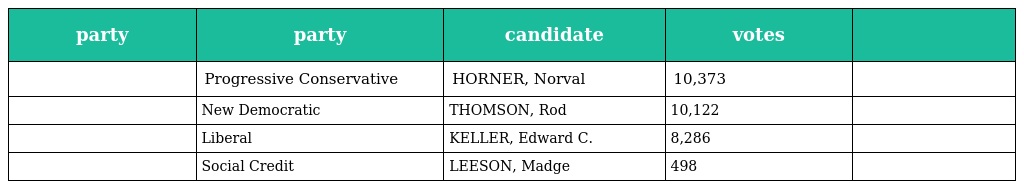
| party | party | candidate | votes |  |
 | --- | --- | --- | --- | --- |
 |  | Progressive Conservative | HORNER, Norval | 10,373 |  |
 |  | New Democratic | THOMSON, Rod | 10,122 |  |
 |  | Liberal | KELLER, Edward C. | 8,286 |  |
 |  | Social Credit | LEESON, Madge | 498 |  |